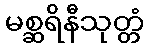
မစ္ဆရိနီသုတ္တံ